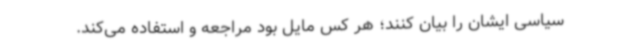
سیاسی ایشان را بیان کنند؛ هر کس مایل بود مراجعه و استفاده می‌کند.